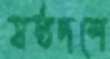
ষষ্ঠদশে